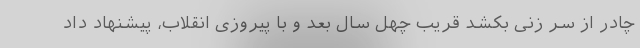
چادر از سر زنی بکشد قریب چهل سال بعد و با پیروزی انقلاب، پیشنهاد داد